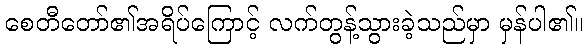
စေတီတော်၏အရိပ်ကြောင့် လက်တွန့်သွားခဲ့သည်မှာ မှန်ပါ၏။